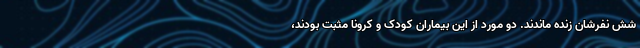
شش نفرشان زنده ماندند. دو مورد از این بیماران کودک و کرونا مثبت بودند،